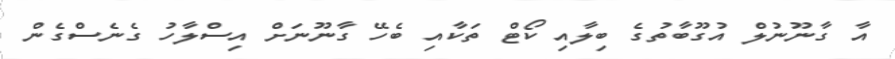
އާ ގާނޫނުލް އުގޫބާތުގެ ބިލާއި ކޯޓް ތަކާއި ބެހޭ ގާނޫނަށް އިސްލާހު ގެނެސްގެން